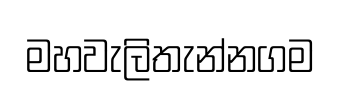
මහවැලිතැන්නගම